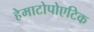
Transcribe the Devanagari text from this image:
हेमाटोपोएटिक